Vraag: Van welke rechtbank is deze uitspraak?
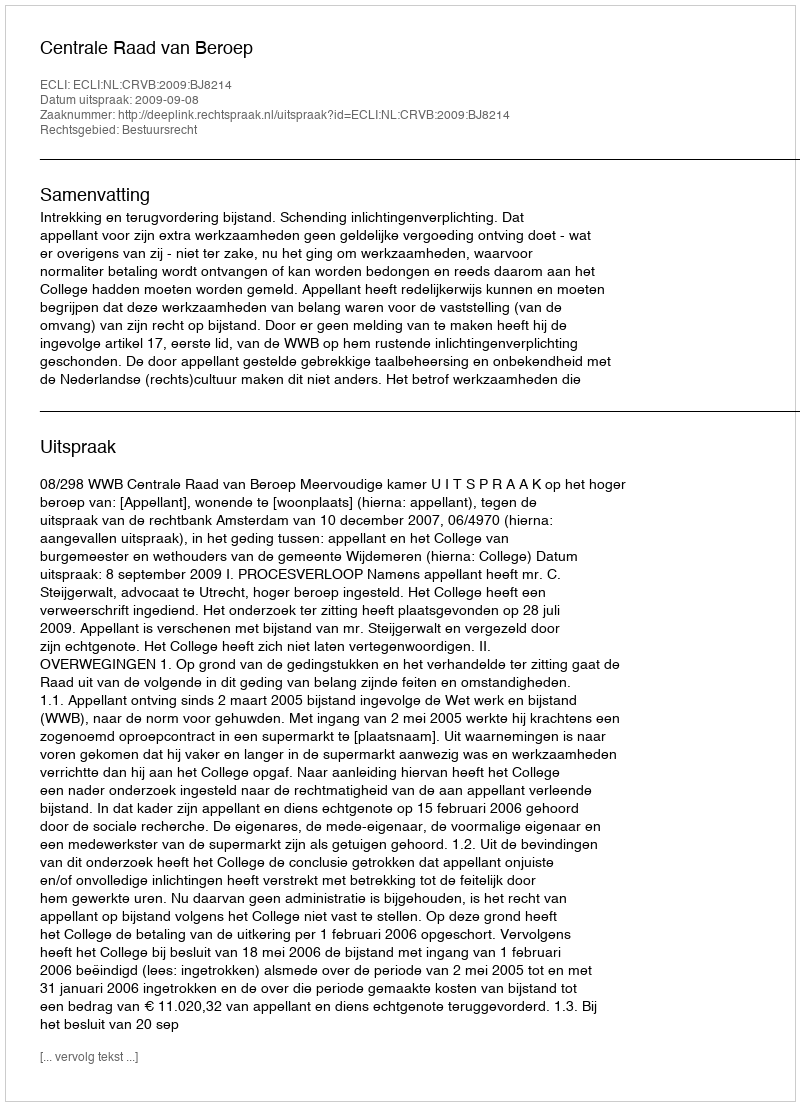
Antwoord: Centrale Raad van Beroep